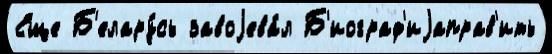
Еще Б'елару́сь завоjева́л Б'иограф'иjаправ'ить